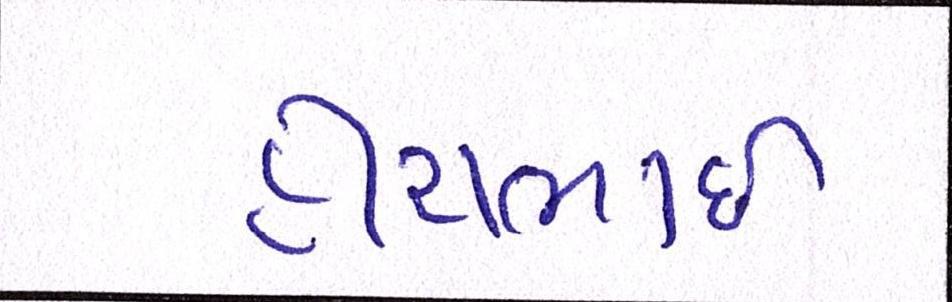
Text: હીરાભાઇ